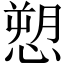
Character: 愬